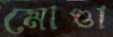
মোণ্ডা